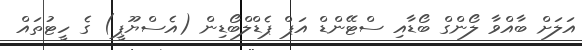
އަލަށް ބާއްވާ ލޯންގް ބޯޑާއި ސްޓޭންޑް އަޕް ޕެޑްލްބޯޑިން (އެސްޔޫޕީ) ގެ ހީޓުތައް